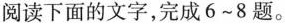
阅读下面的文字，完成6~8题。